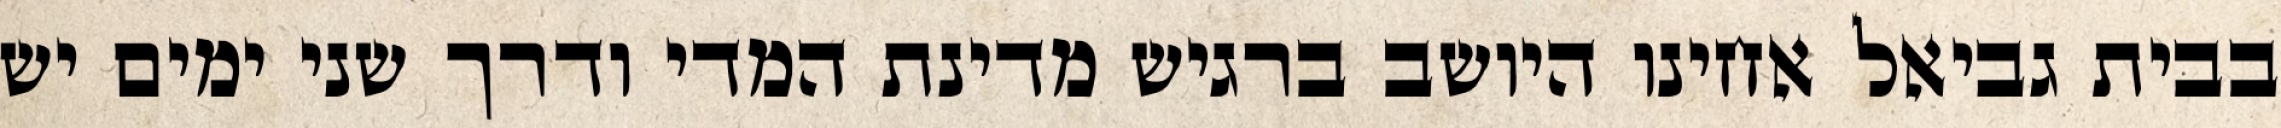
בבית גביאל אחינו היושב ברגיש מדינת המדי ודרך שני ימים יש